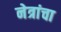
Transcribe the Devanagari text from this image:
नेत्रांचा